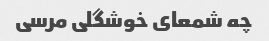
چه شمعای خوشگلی مرسی